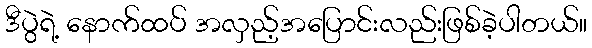
ဒီပွဲရဲ့ နောက်ထပ် အလှည့်အပြောင်းလည်းဖြစ်ခဲ့ပါတယ်။